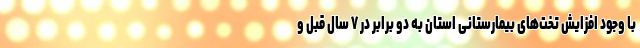
با وجود افزایش تخت‌های بیمارستانی استان به دو برابر در ۷ سال قبل و